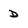
Character: D